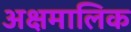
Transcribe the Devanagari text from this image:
अक्षमालिक